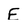
Character: E